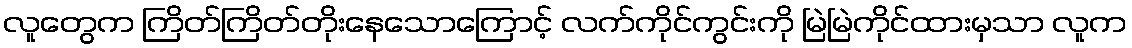
လူတွေက ကြိတ်ကြိတ်တိုးနေသောကြောင့် လက်ကိုင်ကွင်းကို မြဲမြဲကိုင်ထားမှသာ လူက